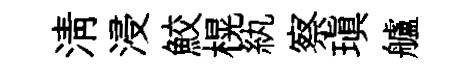
淸浸鮫榥紈察瑱艫